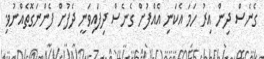
ގެނެސް ދިން އިރު ހަމަ އެކަނި އެއްފުށް ގެނެސް ދިފައިވަނީ ދެފުށް ފެންނަގޮތެއްނުވި.